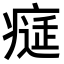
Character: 𤸕